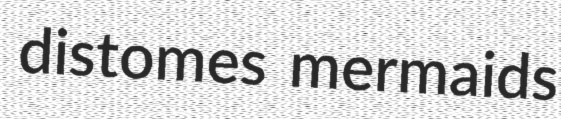
distomes mermaids